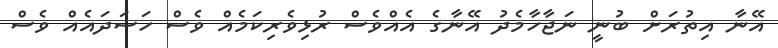
އޭނާ އިތުރަށް ބުނީ ނަޖާހާމެދު އޭނާގެ އެއްވެސް ރުޅިވެރިކަމެއް ވެސް ހަސަދައެއް ވެސް